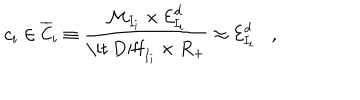
LaTeX: c _ { i } \in \overline { { { { \cal C } } } } _ { i } \equiv \frac { { \cal M } _ { I _ { i } } \times { \cal E } _ { I _ { i } } ^ { d } } { \mathrm { \it ~ D i f f } _ { I _ { i } } \times R _ { + } } \approx { \cal E } _ { I _ { i } } ^ { d } ,